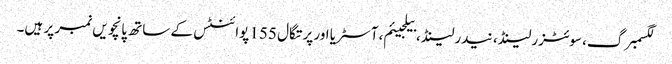
لگسمبرگ، سوئٹزرلینڈ، نیدرلینڈ، بیلجیئم، آسٹریا اور پرتگال 155 پوائنٹس کے ساتھ پانچویں نمبر پر ہیں۔